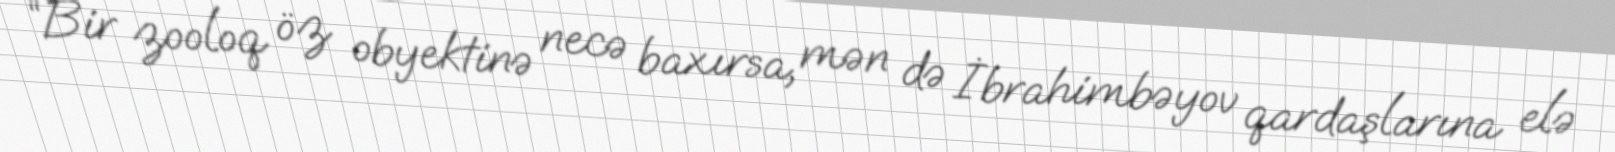
“Bir zooloq öz obyektinə necə baxırsa, mən də İbrahimbəyov qardaşlarına elə